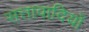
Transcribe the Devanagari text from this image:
सत्तावादियों